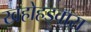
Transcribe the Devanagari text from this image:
खहोहड्वारा